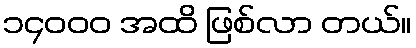
၁၄၀၀၀ အထိ ဖြစ်လာ တယ်။